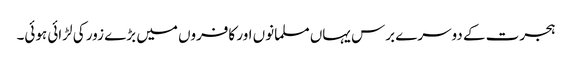
ہجرت کے دوسرے برس یہاں مسلمانوں اور کافروں میں بڑے زور کی لڑائی ہوئی۔